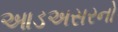
આડઅસરનો